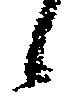
候